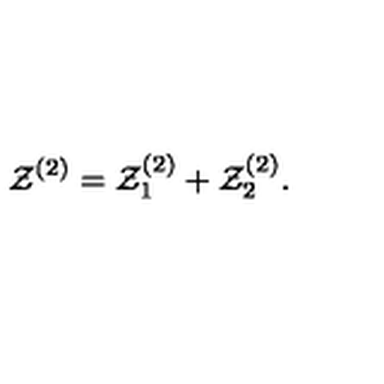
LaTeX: { \cal Z } ^ { ( 2 ) } = { \cal Z } _ { 1 } ^ { ( 2 ) } + { \cal Z } _ { 2 } ^ { ( 2 ) } .